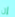
إن